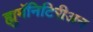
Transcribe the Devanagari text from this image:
ह्युमॅनिटिरीअन